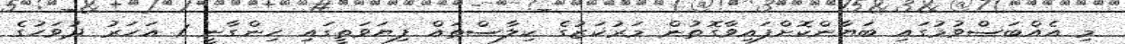
މި އެއްބަސްވުމުގައި ބަޔާންކޮށްފައިވާގޮތުން މަރުކަޒުގެ ކިލާސްތައް ފިޔަވަތީގައި ހިންގާނީ 1 އަހަރު ދުވަހުގެ